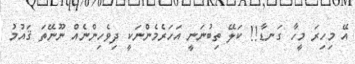
އޭ މިހިރަ މީހާ ގަނޑާ!! ކަލޭ ތިބުނަނީ އަހަރެމެންނަކީ ދިވެހިންނެއް ނޫނޭތަ ޤައުމު